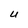
Character: u